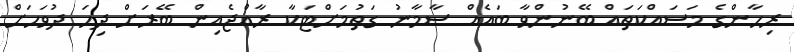
ރިހާންގެ މަސައްކަތައް ބޭނުންވާ ބައެއް ސާމާނު ގަތުމަށްޓަކާ ރާއްޖެއިން ބޭރަށް ދިހަ ދުވަހަށް